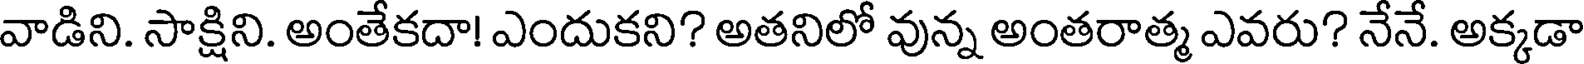
వాడిని. సాక్షిని. అంతేకదా! ఎందుకని? అతనిలో వున్న అంతరాత్మ ఎవరు? నేనే. అక్కడా